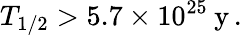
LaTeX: T_{1/2}>5.7\times 10^{25}\: \mathrm{y}\, .